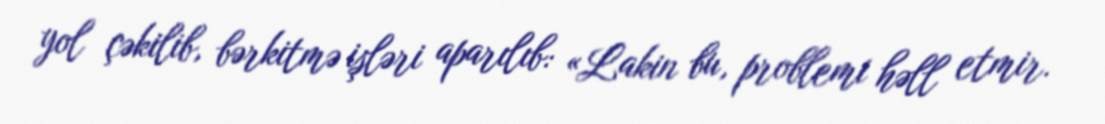
yol çəkilib, bərkitmə işləri aparılıb: «Lakin bu, problemi həll etmir.